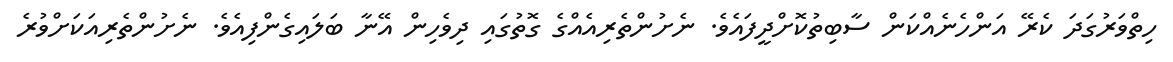
ހިތްވަރުގަދަ ކެރޭ އަންހެނެއްކަން ސާބިތުކޮށްދީފައެވެ. ނެށުންތެރިއެއްގެ ގޮތުގައި ދިވެހިން އޭނާ ބަލައިގެންފިއެވެ. ނެށުންތެރިއަކަށްވުރެ